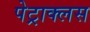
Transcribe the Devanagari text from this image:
पेट्राक्लस